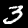
Digit: 3